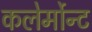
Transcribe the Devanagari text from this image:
कलेर्मोन्ट